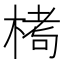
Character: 𪲶